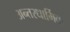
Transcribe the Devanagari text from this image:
अन्तरधार्मिक